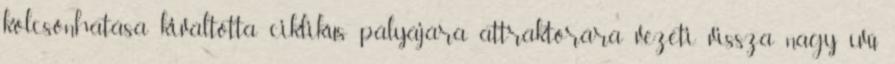
kölcsönhatása kiváltotta ciklikus pályájára attraktorára vezeti vissza nagy ívű